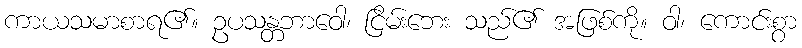
ကာယသမာစာရ၏။ ဥပသန္တဘာဝေါ၊ ငြိမ်းဘေး သည်၏ အဖြစ်ကို။ ဝါ၊ ကောင်းစွာ